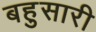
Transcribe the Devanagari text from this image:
बहुसारी